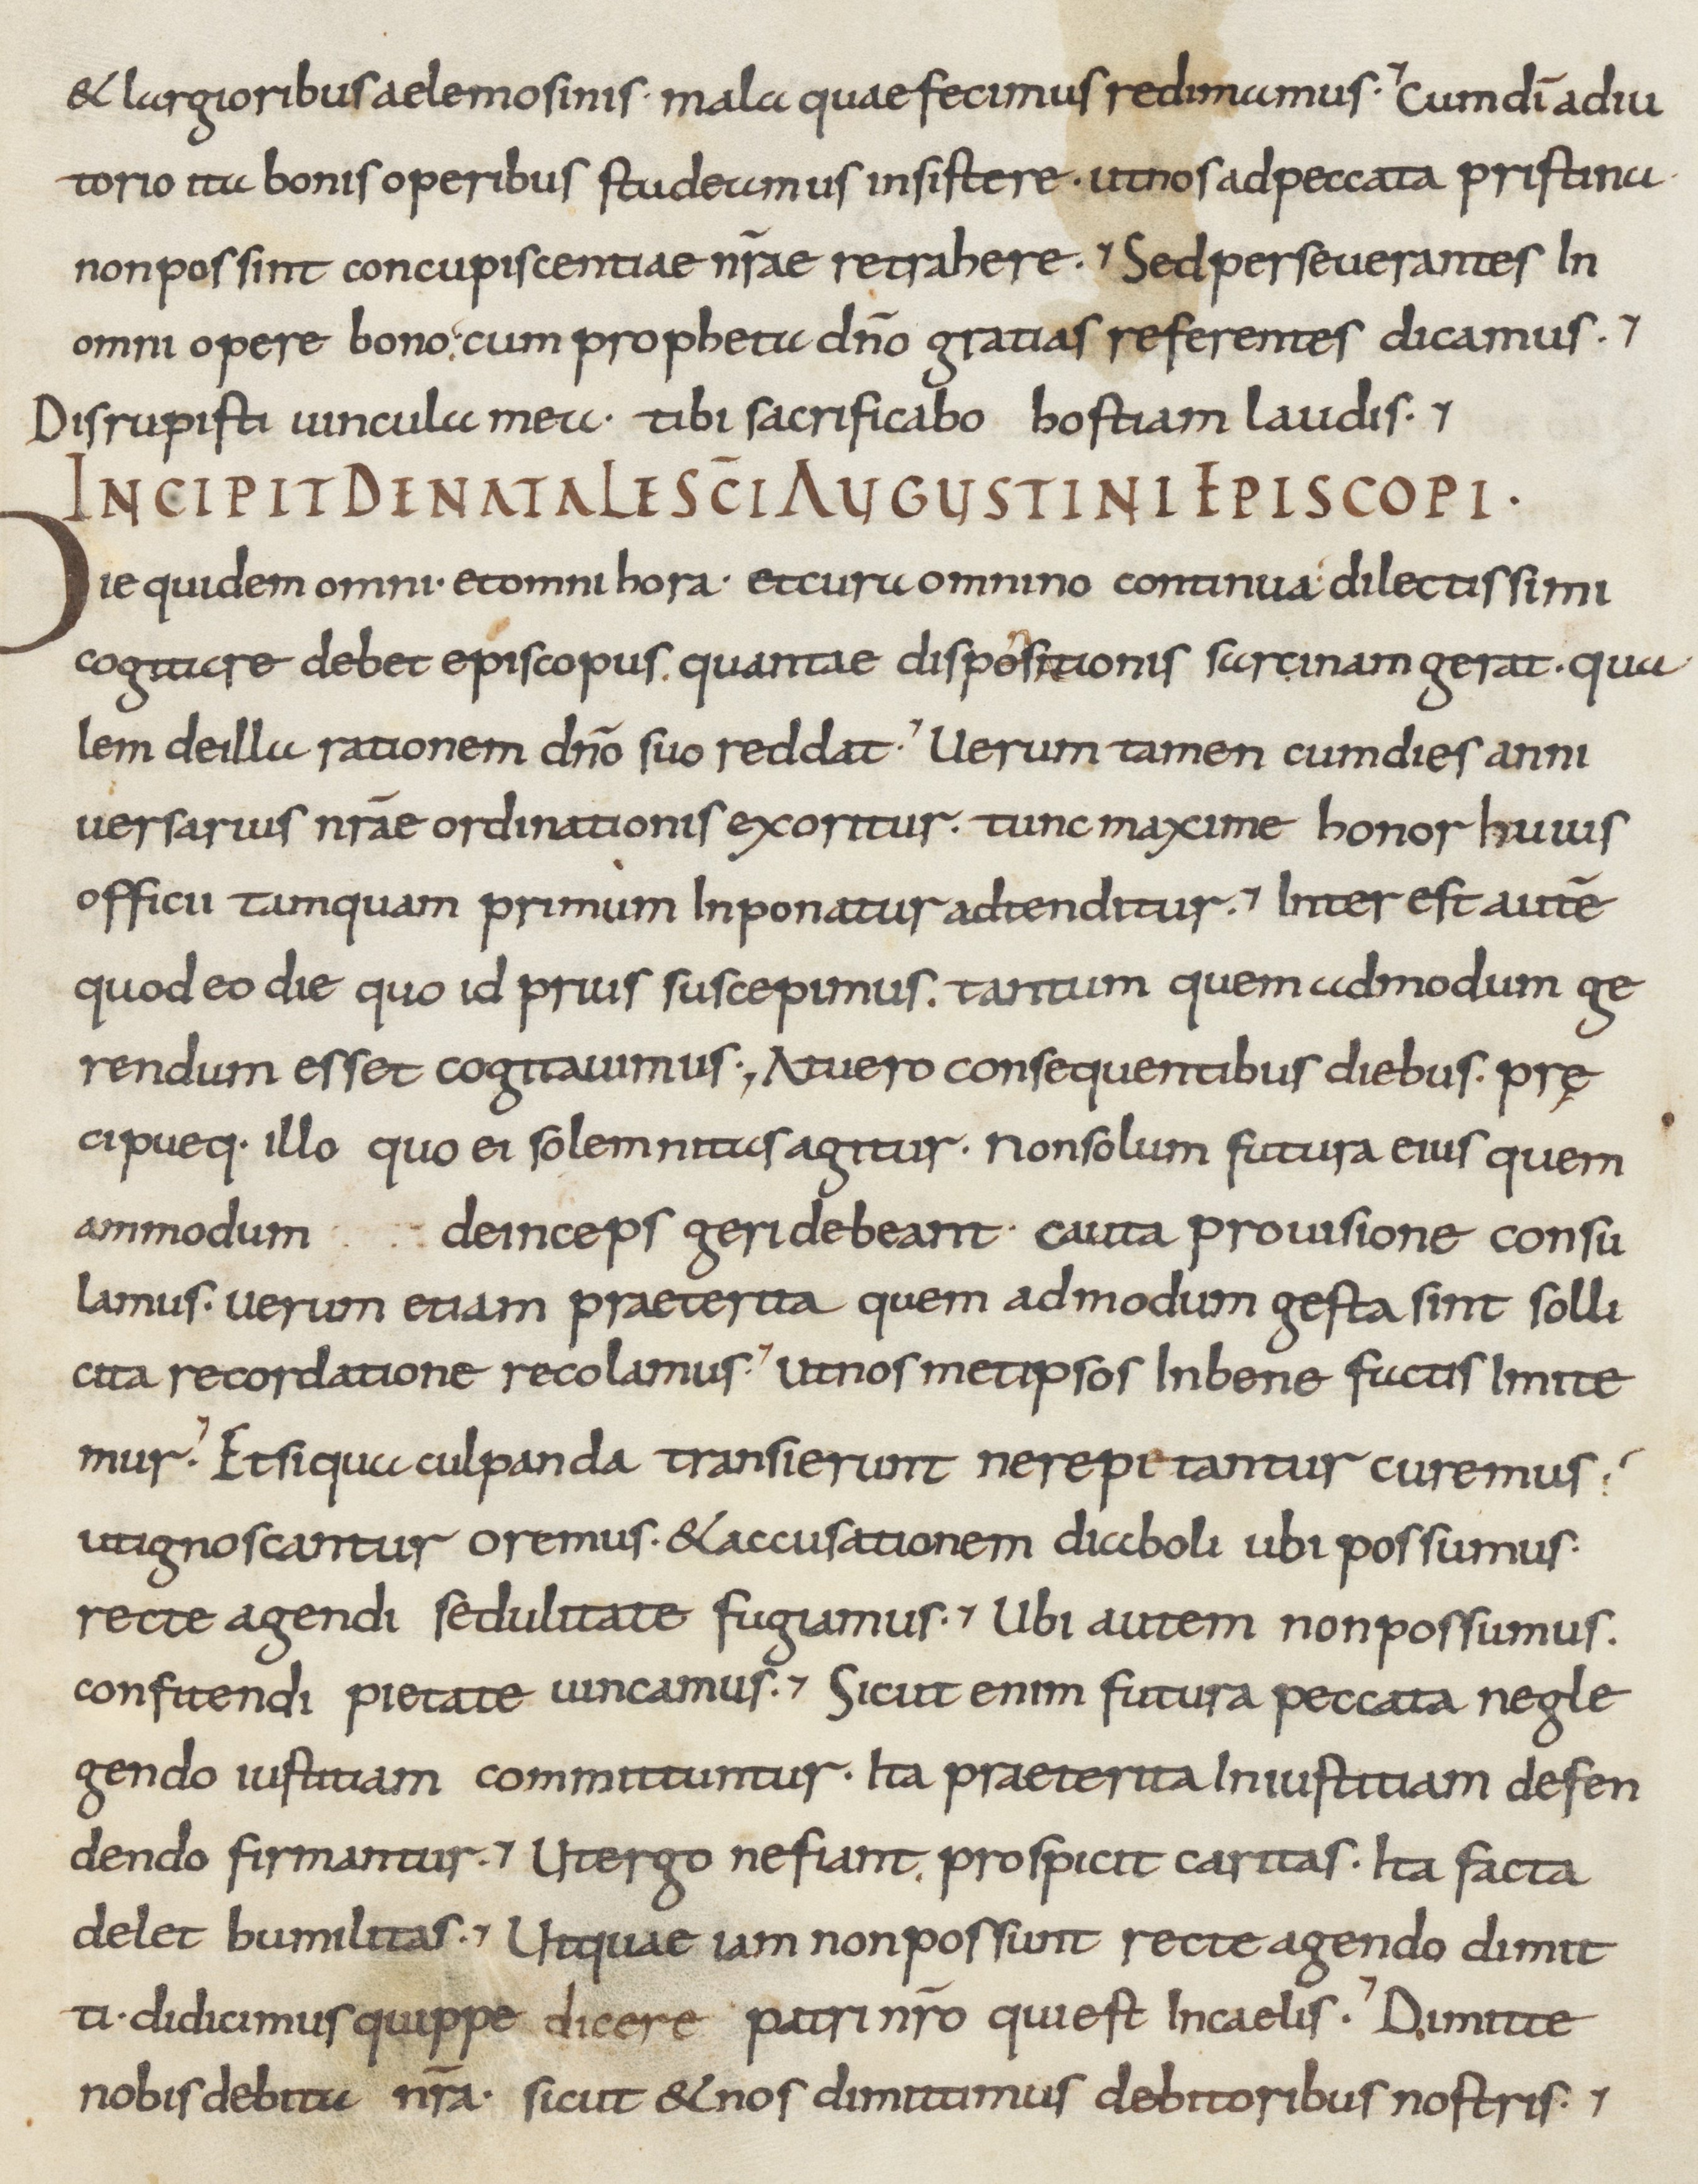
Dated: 800–899